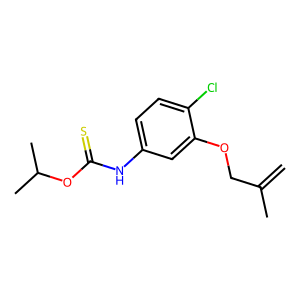
SMILES: C=C(C)COc1cc(NC(=S)OC(C)C)ccc1Cl
Inhibits HIV replication: Yes